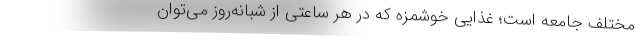
مختلف جامعه است؛ غذایی خوشمزه که در هر ساعتی از شبانه‌روز می‌توان